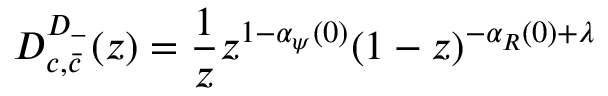
{ \cal D } _ { c , \bar { c } } ^ { D _ { - } } ( z ) = \frac { 1 } { z } z ^ { 1 - \alpha _ { \psi } ( 0 ) } ( 1 - z ) ^ { - \alpha _ { R } ( 0 ) + \lambda }